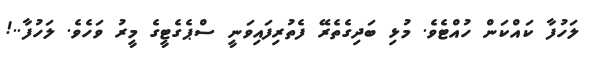
ލަހުފާ ކައްކަން ހުއްޓެވެ. މުޅި ބަދިގެތެރޭ ފެތުރިފައިވަނީ ސްޕެގެޓީގެ މީރު ވަހެވެ. ލަހުފާ..!